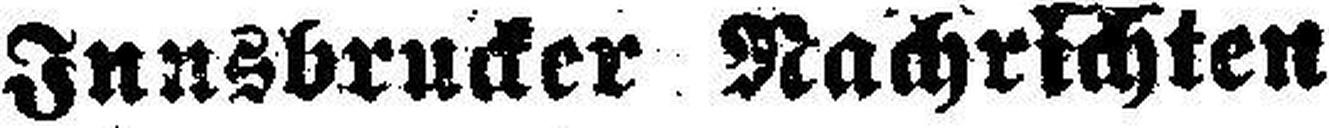
Innsbrucker Nachrichten